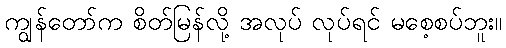
ကျွန်တော်က စိတ်မြန်လို့ အလုပ် လုပ်ရင် မစေ့စပ်ဘူး။